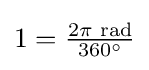
\textstyle 1={\tfrac {2\pi {\text{ rad}}}{360^{\circ }}}